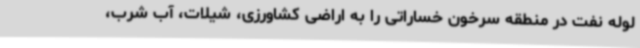
لوله نفت در منطقه سرخون خساراتی را به اراضی کشاورزی، شیلات، آب شرب،